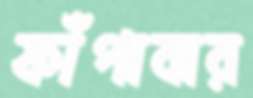
ফাঁপাবার